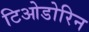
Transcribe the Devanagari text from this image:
टिओडोरिन